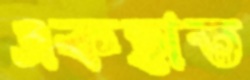
একহাত